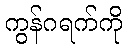
ကွန်ဂရက်ကို